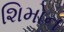
શિમોન